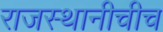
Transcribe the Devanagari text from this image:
राजस्थानीचीच